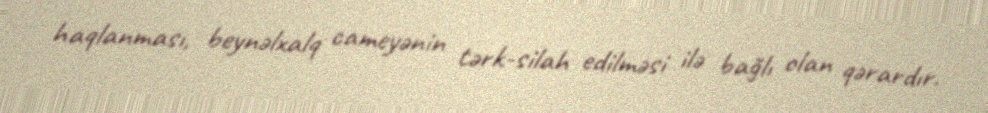
haqlanması, beynəlxalq cameyənin tərk-silah edilməsi ilə bağlı olan qərardır.